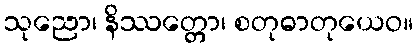
သုညော၊ နိဿတ္တော၊ စတုဓာတုယေဝ။